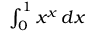
\textstyle \int _ { 0 } ^ { 1 } x ^ { x } \, d x